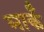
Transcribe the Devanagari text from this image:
मार्कं